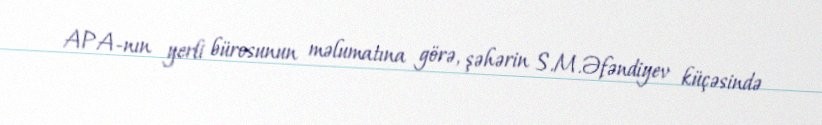
APA-nın yerli bürosunun məlumatına görə, şəhərin S.M.Əfəndiyev küçəsində